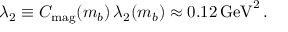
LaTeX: \lambda _ { 2 } \equiv C _ { \mathrm { m a g } } ( m _ { b } ) \, \lambda _ { 2 } ( m _ { b } ) \approx 0 . 1 2 \, \mathrm { G e V } ^ { 2 } \, .